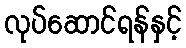
လုပ်ဆောင်ရန်နှင့်